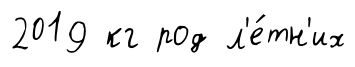
2019 кг род л'е́тн'их